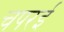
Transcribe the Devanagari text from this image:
चपरई